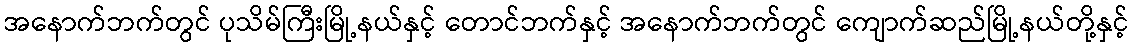
အနောက်ဘက်တွင် ပုသိမ်ကြီးမြို့နယ်နှင့် တောင်ဘက်နှင့် အနောက်ဘက်တွင် ကျောက်ဆည်မြို့နယ်တို့နှင့်